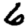
Digit: 6